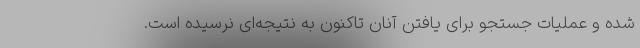
شده و عملیات جستجو برای یافتن آنان تاکنون به نتیجه‌ای نرسیده است.